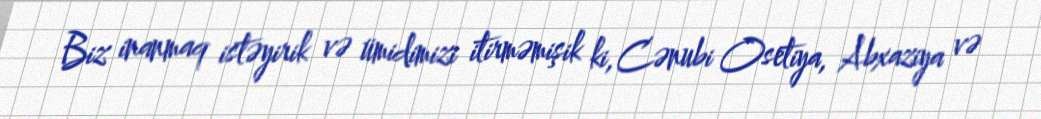
Biz inanmaq istəyirik və ümidimizi itirməmişik ki, Cənubi Osetiya, Abxaziya və